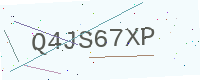
Text: Q4JS67XP